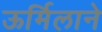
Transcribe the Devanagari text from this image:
ऊर्मिलाने